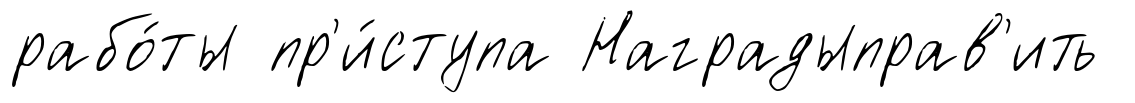
рабо́ты пр'и́ступа Наградыправ'ить